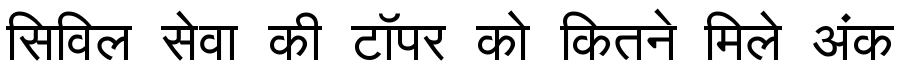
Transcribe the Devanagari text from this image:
सिविल सेवा की टॉपर को कितने मिले अंक